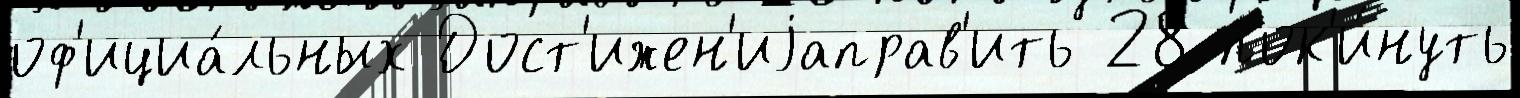
оф'ициа́льных Дост'ижен'иjаправ'ить 28 пок'и́нуть